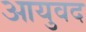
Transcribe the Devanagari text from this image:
आयुवद